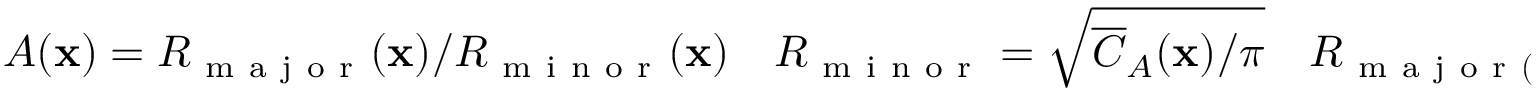
A ( \mathbf { x } ) = R _ { \mathrm { ~ m ~ a ~ j ~ o ~ r ~ } } ( \mathbf { x } ) / R _ { \mathrm { ~ m ~ i ~ n ~ o ~ r ~ } } ( \mathbf { x } ) \quad R _ { \mathrm { ~ m ~ i ~ n ~ o ~ r ~ } } = \sqrt { \overline { { C } } _ { A } ( \mathbf { x } ) / \pi } \quad R _ { \mathrm { ~ m ~ a ~ j ~ o ~ r ~ } ( \mathbf { x } ) } = \frac { V ( \mathbf { x } ) } { 2 \pi ^ { 2 } R _ { \mathrm { ~ m ~ i ~ n ~ o ~ r ~ } } ^ { 2 } ( \mathbf { x } ) }